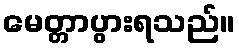
မေတ္တာပွားရသည်။